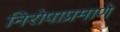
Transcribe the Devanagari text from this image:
निरोपाप्रमाणे